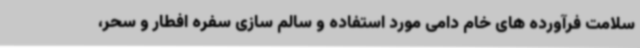
سلامت فرآورده های خام دامی مورد استفاده و سالم سازی سفره افطار و سحر،